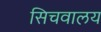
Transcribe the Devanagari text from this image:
सिचवालय